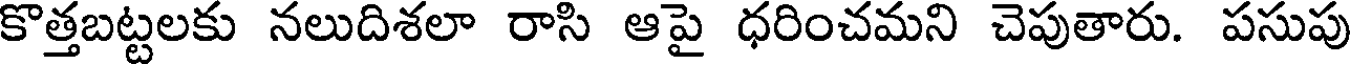
కొత్తబట్టలకు నలుదిశలా రాసి ఆపై ధరించమని చెపుతారు. పసుపు